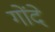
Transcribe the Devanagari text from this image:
गोंदे